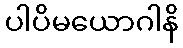
ပါပိမယောဂါနိ